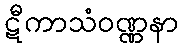
ဋီကာသံဝဏ္ဏနာ